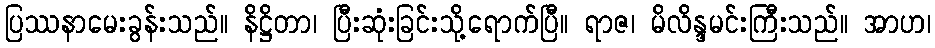
ပြဿနာမေးခွန်းသည်။ နိဋ္ဌိတာ၊ ပြီးဆုံးခြင်းသို့ရောက်ပြီ။ ရာဇ၊ မိလိန္ဒမင်းကြီးသည်။ အာဟ၊